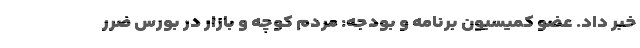
خبر داد. عضو کمیسیون برنامه و بودجه: مردم کوچه و بازار در بورس ضرر